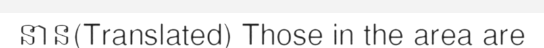
នាន(Translated) Those in the area are